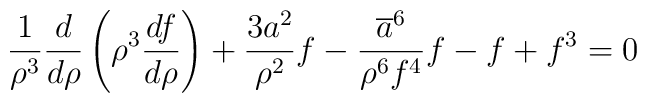
\frac{1}{\rho ^{3}}\frac{d}{d\rho }\left( \rho ^{3}\frac{df}{d\rho }\right)+\frac{3a^{2}}{\rho ^{2}}f-\frac{\overline{a}^{6}}{\rho ^{6}f^{4}}f-f+f^{3}=0